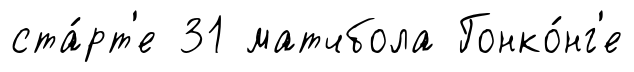
ста́рт'е 31 матчбола Гонко́нг'е